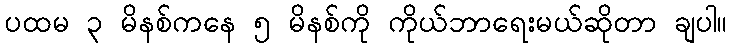
ပထမ ၃ မိနစ်ကနေ ၅ မိနစ်ကို ကိုယ်ဘာရေးမယ်ဆိုတာ ချပါ။